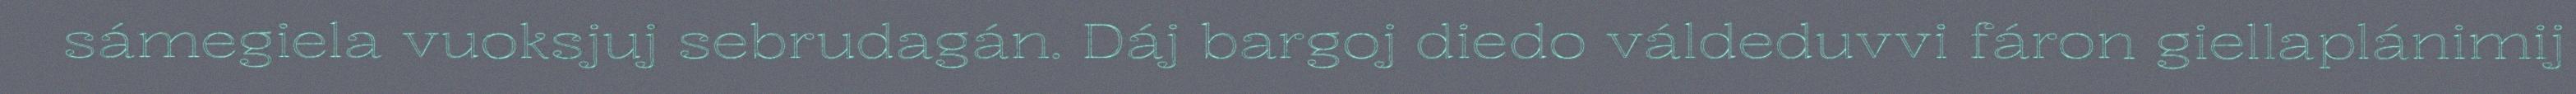
sámegiela vuoksjuj sebrudagán. Dáj bargoj diedo váldeduvvi fáron giellaplánimij